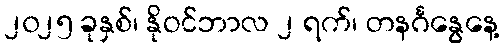
၂၀၂၅ ခုနှစ်၊ နိုဝင်ဘာလ ၂ ရက်၊ တနင်္ဂနွေနေ့